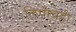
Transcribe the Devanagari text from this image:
लिपीचेही